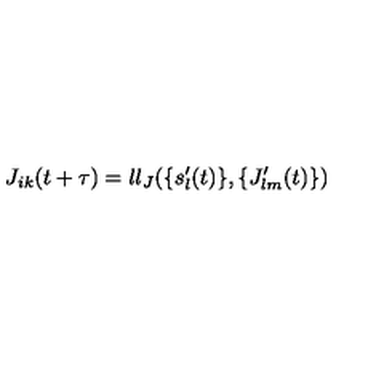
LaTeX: J _ { i k } ( t + \tau ) = l l _ { J } ( \{ s _ { l } ^ { \prime } ( t ) \} , \{ J _ { l m } ^ { \prime } ( t ) \} )